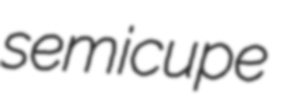
semicupe